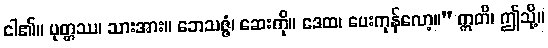
ငါ၏။ ပုတ္တဿ၊ သားအား။ ဘေသဇ္ဇံ၊ ဆေးကို။ ဒေထ၊ ပေးကုန်လော့။” ဣတိ၊ ဤသို့။